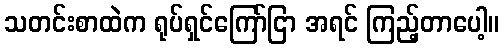
သတင်းစာထဲက ရုပ်ရှင်ကြော်ငြာ အရင် ကြည့်တာပေါ့။